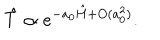
LaTeX: \hat { T } \propto e ^ { - a _ { 0 } \hat { H } + O ( a _ { 0 } ^ { 2 } ) } .